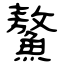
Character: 鰲